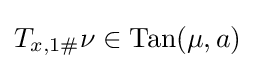
T_{x,1\#}\nu \in \mathrm {Tan} (\mu ,a)